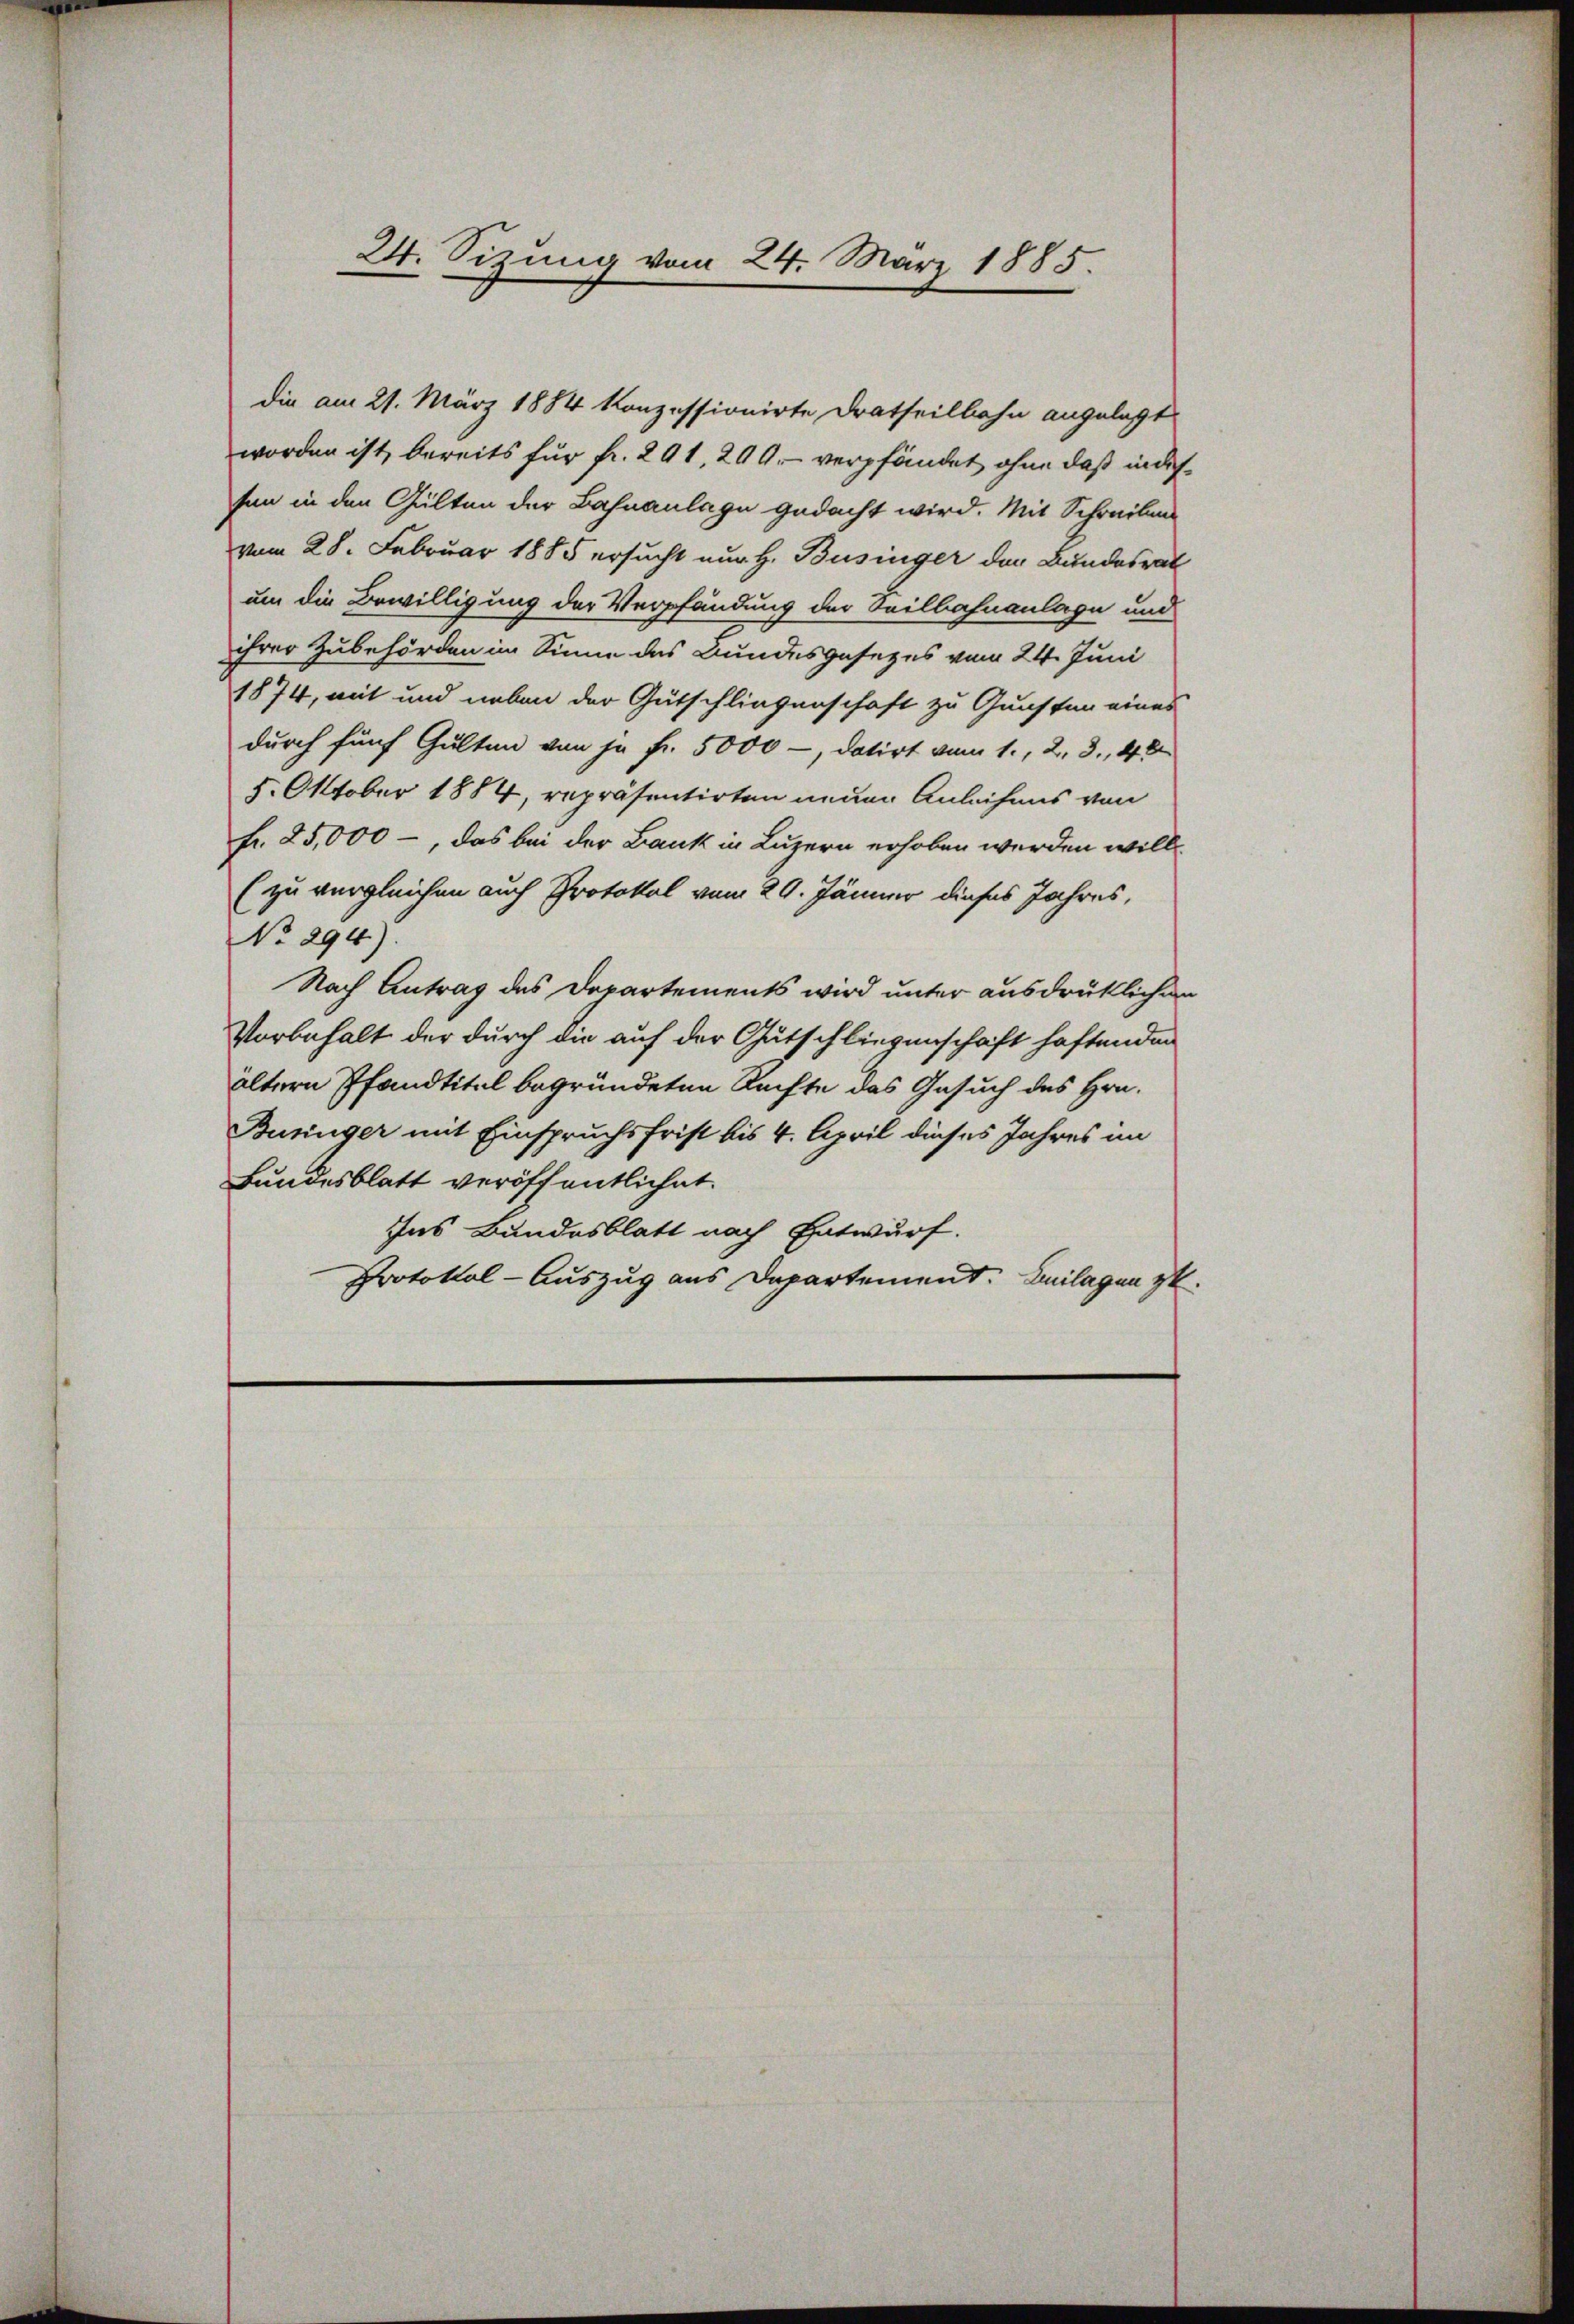
die am 21. März 1884 konzessionirte Dratheilbahn angelegt
worden ist, bereits für fr. 291, 209 verpfändet, ohne daß indessen in den Gülten der Zahnanlage gedacht wird. Mit Schreibens
vom 28. Februar 1885 ersucht nur H. Büsinger der Bundesrat
um die Bewilligung der Verpfändung der Seilbahnanlage und
ihrer Zubehörden im Sinne des Bundesgesezes vom 24. Juni
1874, mit und neben der Gutschliegenschaft zu Gunsten eines
durch fünf Gulten von ja fr. 5000 -, datirt vom 1., 2. 3., 40
5. Oktober 1884, repräsentirten neuen Anleihens von
fr. 25,000 -, das bei der Bank in Luzern erhoben werden will
(zu vergleichen auch Protokol vom 29. Jänner dieses Jahres,
No 294).
Nach Antrag des Departements wird unter ausdrüklich an
Vorbehalt der durch die auf der Gutschliegenschaft haftenden
ältern Pfandtitel begründeten Rechte das Gesuch des Hrn.
Buniger mit Einspruchsfrist bis 4. April dieses Jahres im
Bundesblatt veröffentlichet.
Ins Bundesblatt nach Entwurf.
Protokol-Auszug aus Departement. Beilagen zu

24. Sizung vom 24. März 1885